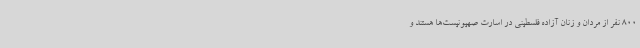
800 نفر از مردان و زنان آزاده فلسطینی در اسارت صهیونیست‌ها هستند و